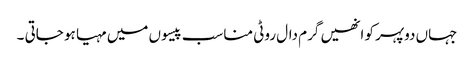
جہاں دوپہر کو انھیں گرم دال روٹی مناسب پیسوں میں مہیا ہو جاتی ۔